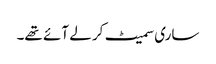
ساری سمیٹ کر لے آئے تھے۔